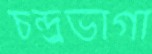
চন্দ্র্রভাগা